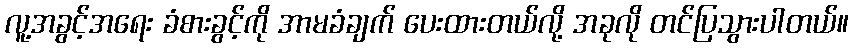
လူ့အခွင့်အရေး ခံစားခွင့်ကို အာမခံချက် ပေးထားတယ်လို့ အခုလို တင်ပြသွားပါတယ်။